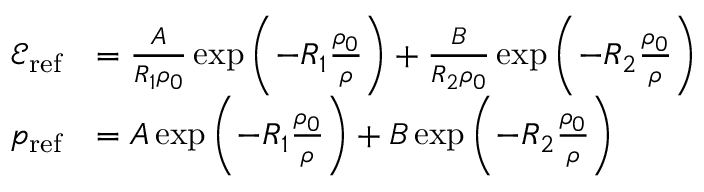
\begin{array} { r l } { \mathscr { E } _ { \mathrm { r e f } } } & { = \frac { A } { R _ { 1 } \rho _ { 0 } } \exp \left( { - R _ { 1 } \frac { \rho _ { 0 } } { \rho } } \right) + \frac { B } { R _ { 2 } \rho _ { 0 } } \exp \left( { - R _ { 2 } \frac { \rho _ { 0 } } { \rho } } \right) } \\ { p _ { \mathrm { r e f } } } & { = A \exp \left( { - R _ { 1 } \frac { \rho _ { 0 } } { \rho } } \right) + B \exp \left( { - R _ { 2 } \frac { \rho _ { 0 } } { \rho } } \right) } \end{array}